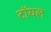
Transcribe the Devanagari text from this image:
टॉयल